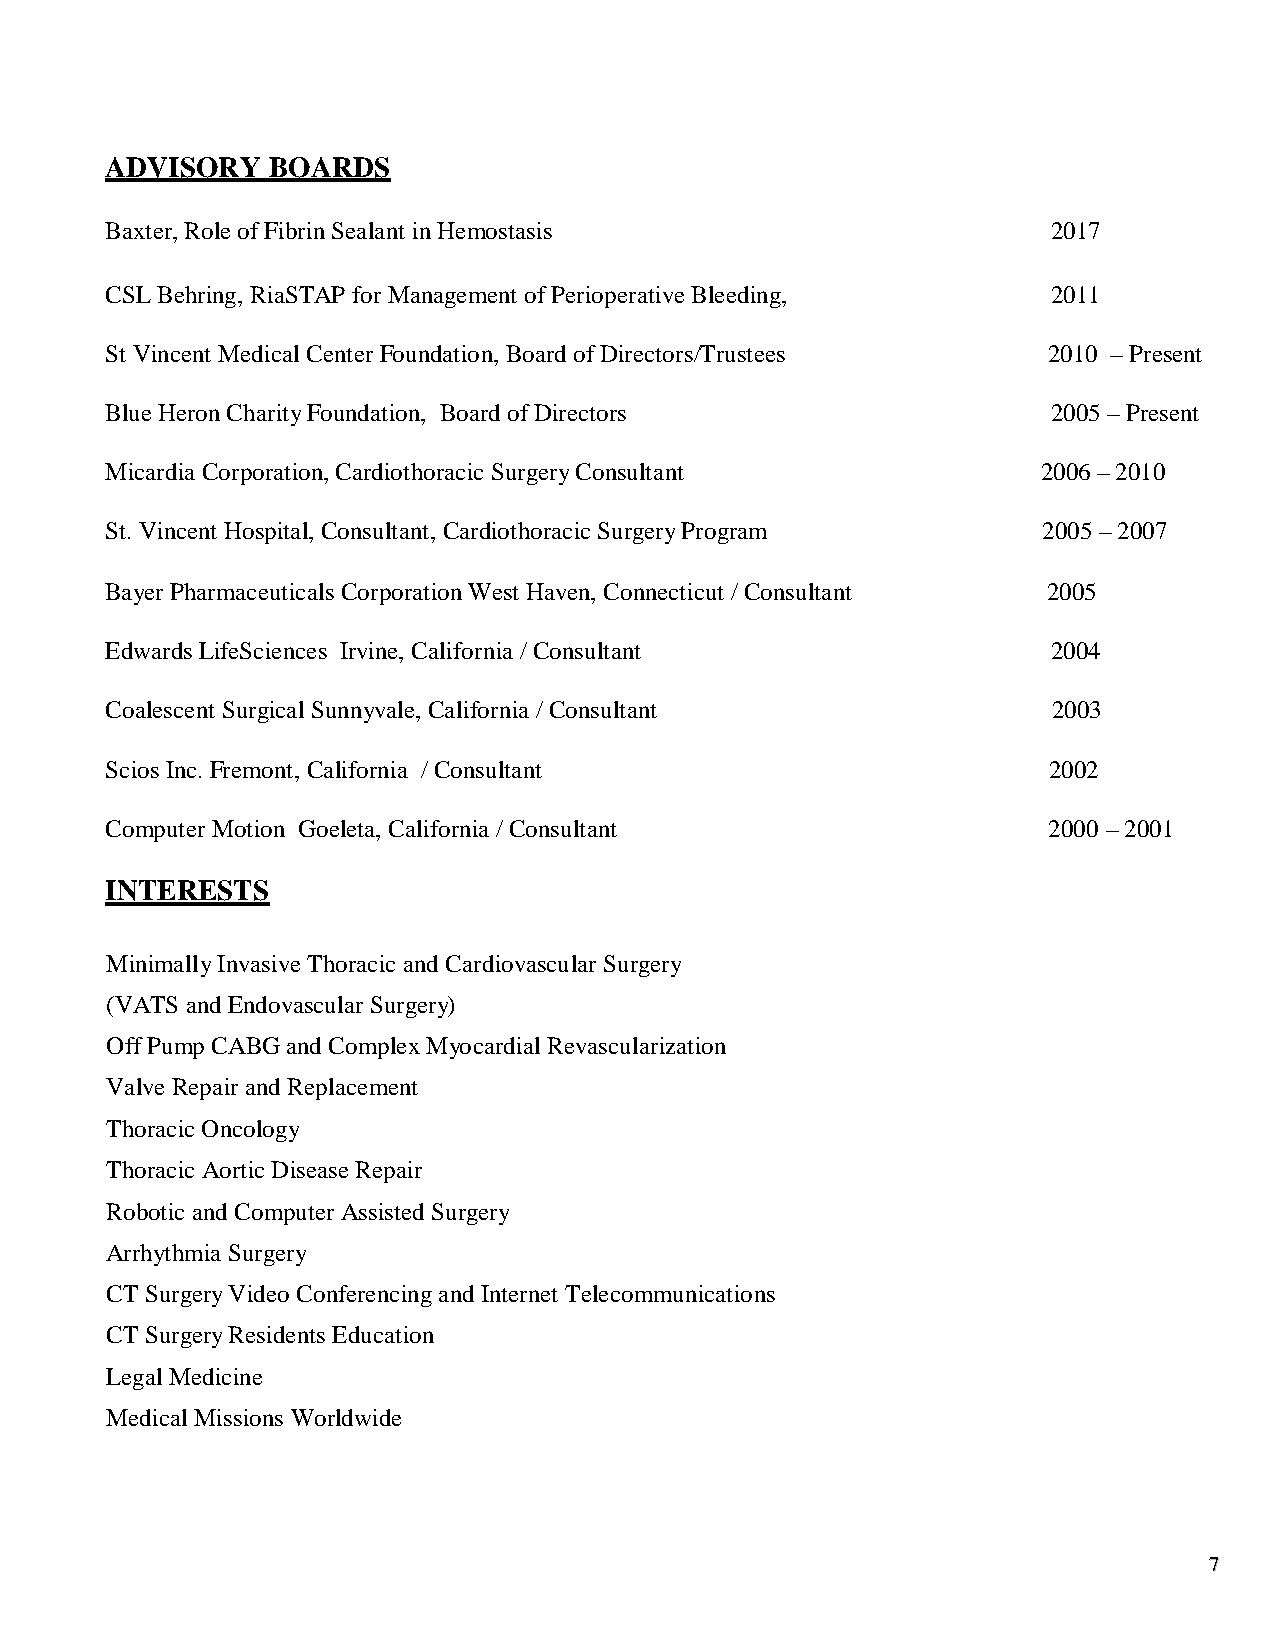
ADVISORY   BOARDS
 Baxter, Role of Fibrin Sealant in Hemostasis                   2017
 CSL Behring, RiaSTAP for Management of Perioperative Bleeding, 2011
 St Vincent Medical Center Foundation, Board of Directors/Trustees 2010 – Present
 Blue Heron Charity Foundation, Board of Directors              2005 – Present
 Micardia Corporation, Cardiothoracic Surgery Consultant       2006 – 2010
 St. Vincent Hospital, Consultant, Cardiothoracic Surgery Program 2005 – 2007
 Bayer Pharmaceuticals Corporation West Haven, Connecticut / Consultant 2005
 Edwards LifeSciences Irvine, California / Consultant           2004
 Coalescent Surgical Sunnyvale, California / Consultant         2003
 Scios Inc. Fremont, California / Consultant                   2002
 Computer Motion Goeleta, California / Consultant              2000 – 2001
 INTERESTS
 Minimally Invasive Thoracic and Cardiovascular Surgery
 (VATS and Endovascular Surgery)
 Off Pump CABG and Complex Myocardial Revascularization
 Valve Repair and Replacement
 Thoracic Oncology
 Thoracic Aortic Disease Repair
 Robotic and Computer Assisted Surgery
 Arrhythmia Surgery
 CT Surgery Video Conferencing and Internet Telecommunications
 CT Surgery Residents Education
 Legal Medicine
 Medical Missions Worldwide
 77